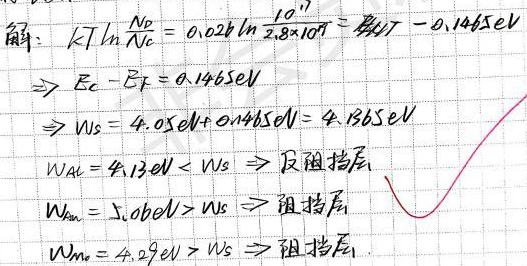
解：$kT\ln\frac{N_0}{N_c}=0.026\ln\frac{10^{17}}{2.8\times10^{19}}=-0.1465eV$
$\Rightarrow E_c - E_F = 0.1465eV$
$\Rightarrow W_S = 4.05eV + 0.1465eV = 4.1965eV$
$W_{Al}=4.13eV<W_S\Rightarrow$反阻挡层
$W_{Au}=5.10eV>W_S\Rightarrow$阻挡层
$W_{m}=4.29eV>W_S\Rightarrow$阻挡层